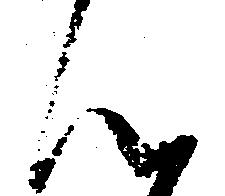
ん